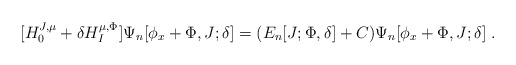
\begin{align*}[H_0^{J,\mu}+\delta H_I^{\mu,\Phi}]\Psi_n[\phi_x+\Phi,J;\delta] =(E_n[J;\Phi,\delta]+C)\Psi_n[\phi_x+\Phi,J;\delta] \;.\end{align*}